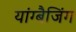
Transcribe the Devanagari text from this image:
यांग्बैजिंग